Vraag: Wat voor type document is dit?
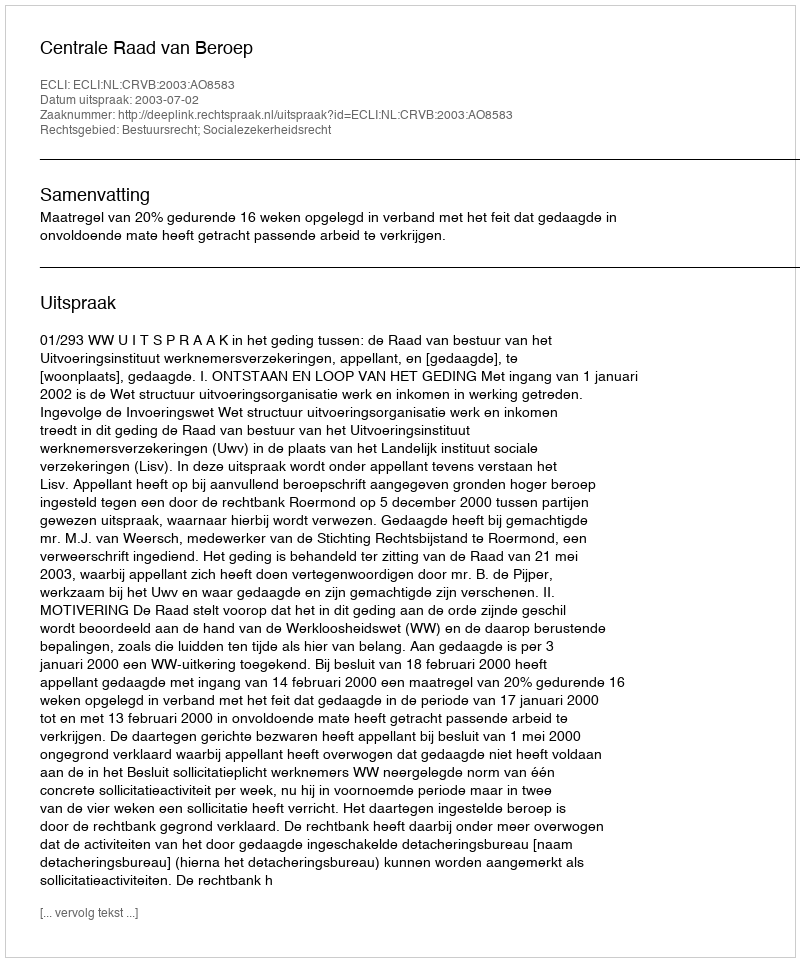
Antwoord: Uitspraak